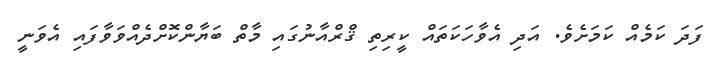
ފަދަ ކަމެއް ކަމަށެވެ. އަދި އެވާހަކަތައް ކީރިތި ޤްރްއާނުގައި މާތް ބަޔާންކޮށްދެއްވަވާފައި އެވަނީ